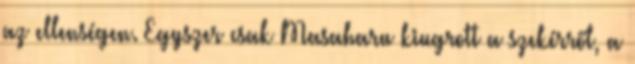
az ellenségen. Egyszer csak Masaharu kiugrott a szekérről, a